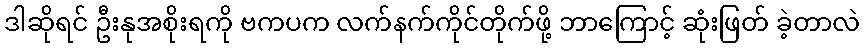
ဒါဆိုရင် ဦးနုအစိုးရကို ဗကပက လက်နက်ကိုင်တိုက်ဖို့ ဘာကြောင့် ဆုံးဖြတ် ခဲ့တာလဲ